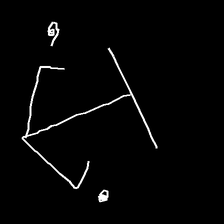
Glyph: earth